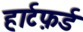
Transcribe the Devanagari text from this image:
हार्टफ़र्ड